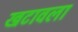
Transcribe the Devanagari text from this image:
खटावला